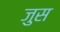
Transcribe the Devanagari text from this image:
जुस